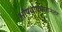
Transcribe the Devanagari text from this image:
औषधोपचारानंतर